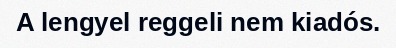
A lengyel reggeli nem kiadós.